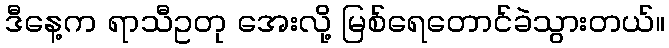
ဒီနေ့က ရာသီဥတု အေးလို့ မြစ်ရေတောင်ခဲသွားတယ်။